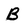
Character: B